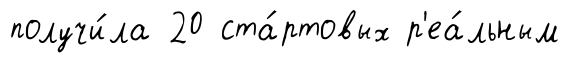
получи́ла 20 ста́ртовых р'еа́льным